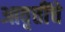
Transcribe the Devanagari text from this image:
आवृत्तींचे